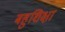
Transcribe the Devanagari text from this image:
बहुशिक्षा